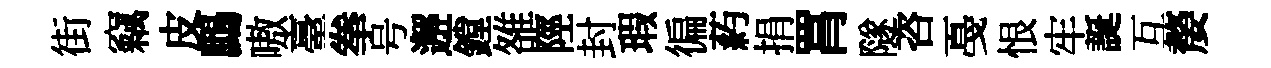
街竊皮鷓嗷臺拳号邂鏜雒陘封瑕徧葯捐罥隧咨戞恨牢誕互嫠